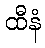
ထီနံ